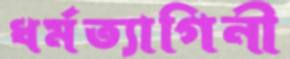
ধর্মত্যাগিনী